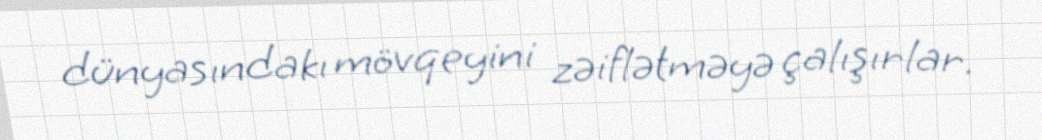
dünyasındakı mövqeyini zəiflətməyə çalışırlar.